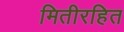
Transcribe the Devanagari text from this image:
मितीरहित